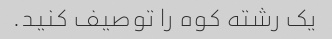
یک رشته کوه را توصیف کنید.